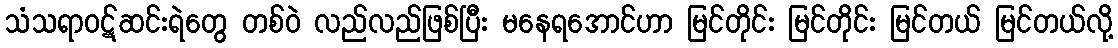
သံသရာဝဋ်ဆင်းရဲတွေ တစ်ဝဲ လည်လည်ဖြစ်ပြီး မနေရအောင်ဟာ မြင်တိုင်း မြင်တိုင်း မြင်တယ် မြင်တယ်လို့